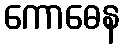
ကောဓေန